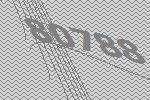
80788